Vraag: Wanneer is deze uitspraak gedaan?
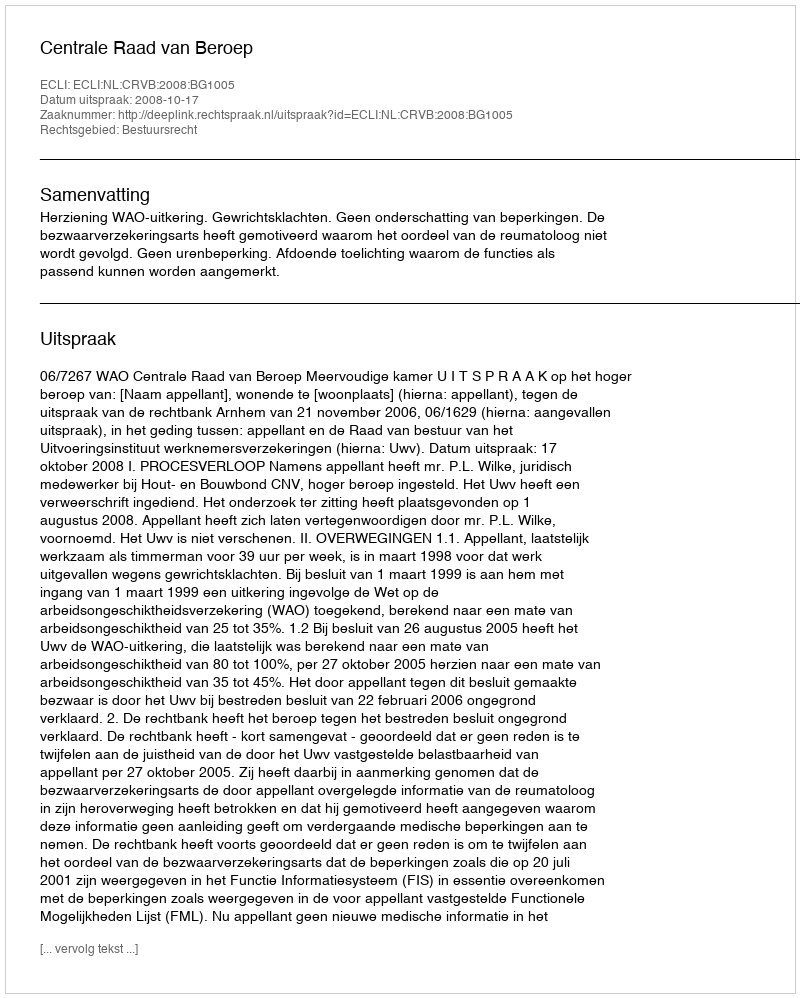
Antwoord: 2008-10-17